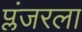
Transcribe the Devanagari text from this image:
प्लंजरला